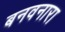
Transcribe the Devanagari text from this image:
बनवनारा